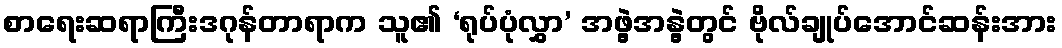
စာရေးဆရာကြီးဒဂုန်တာရာက သူ၏ ‘ရုပ်ပုံလွှာ’ အဖွဲ့အနွဲ့တွင် ဗိုလ်ချုပ်အောင်ဆန်းအား